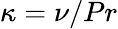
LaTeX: \kappa=\nu/Pr